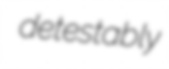
detestably